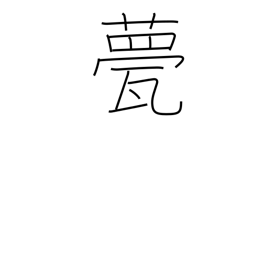
Meaning: roof tile